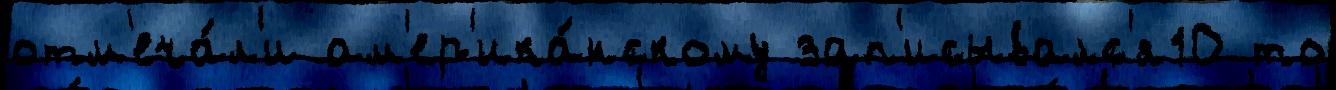
отм'еча́л'и ам'ер'ика́нскому зап'исывалс'я10 то